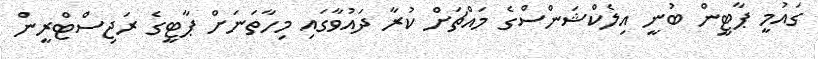
ގައުމީ ޕާޓީން ބުނީ އިލެކްޝަންސްގެ މައްޗަށް ކުރާ ދައުވާގައި މިހާތަނަށް ޕާޓީގެ ރަޖިސްޓްރީން